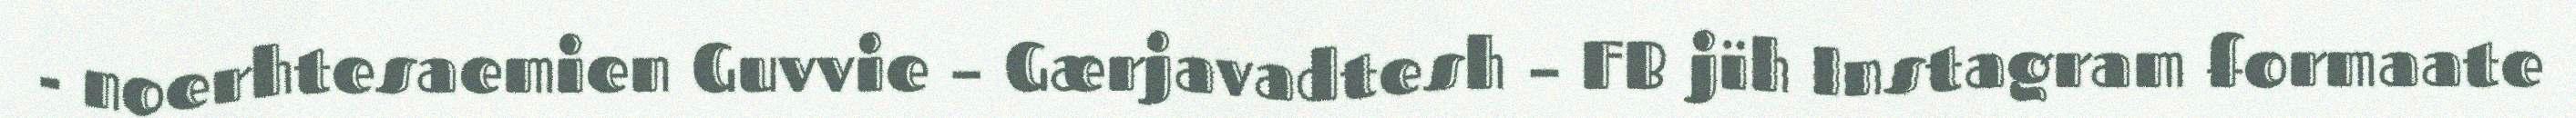
- noerhtesaemien Guvvie – Gærjavadtesh – FB jïh Instagram formaate